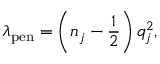
\lambda _ { \mathrm { p e n } } = \left( n _ { j } - \frac { 1 } { 2 } \right) q _ { j } ^ { 2 } ,